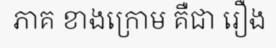
ភាគ ខាងក្រោម គឺជា រឿង